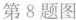
第8题图